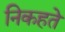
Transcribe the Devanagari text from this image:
निकहते